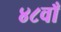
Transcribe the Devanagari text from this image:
४८वाँ